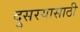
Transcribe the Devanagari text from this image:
दुसरयासाठी